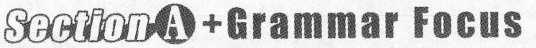
Section A+Grammar Focus